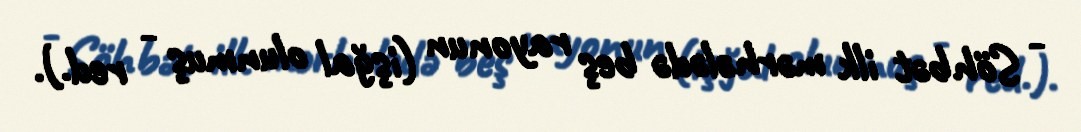
- Söhbət ilk mərhələdə beş rayonun (işğal olunmuş - red.).